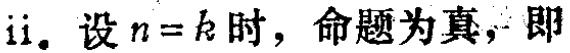
ii. 设 \(n = k\) 时，命题为真，即